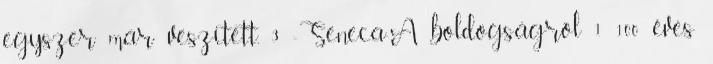
egyszer már veszített, 3 -Seneca-A boldogságról 1 100 éves